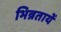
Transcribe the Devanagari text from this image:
भिन्नतायें